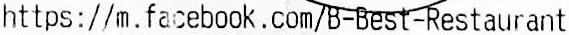
HTTPS://M.FACEBOOK.COM/B-BEST-RESTAURANT